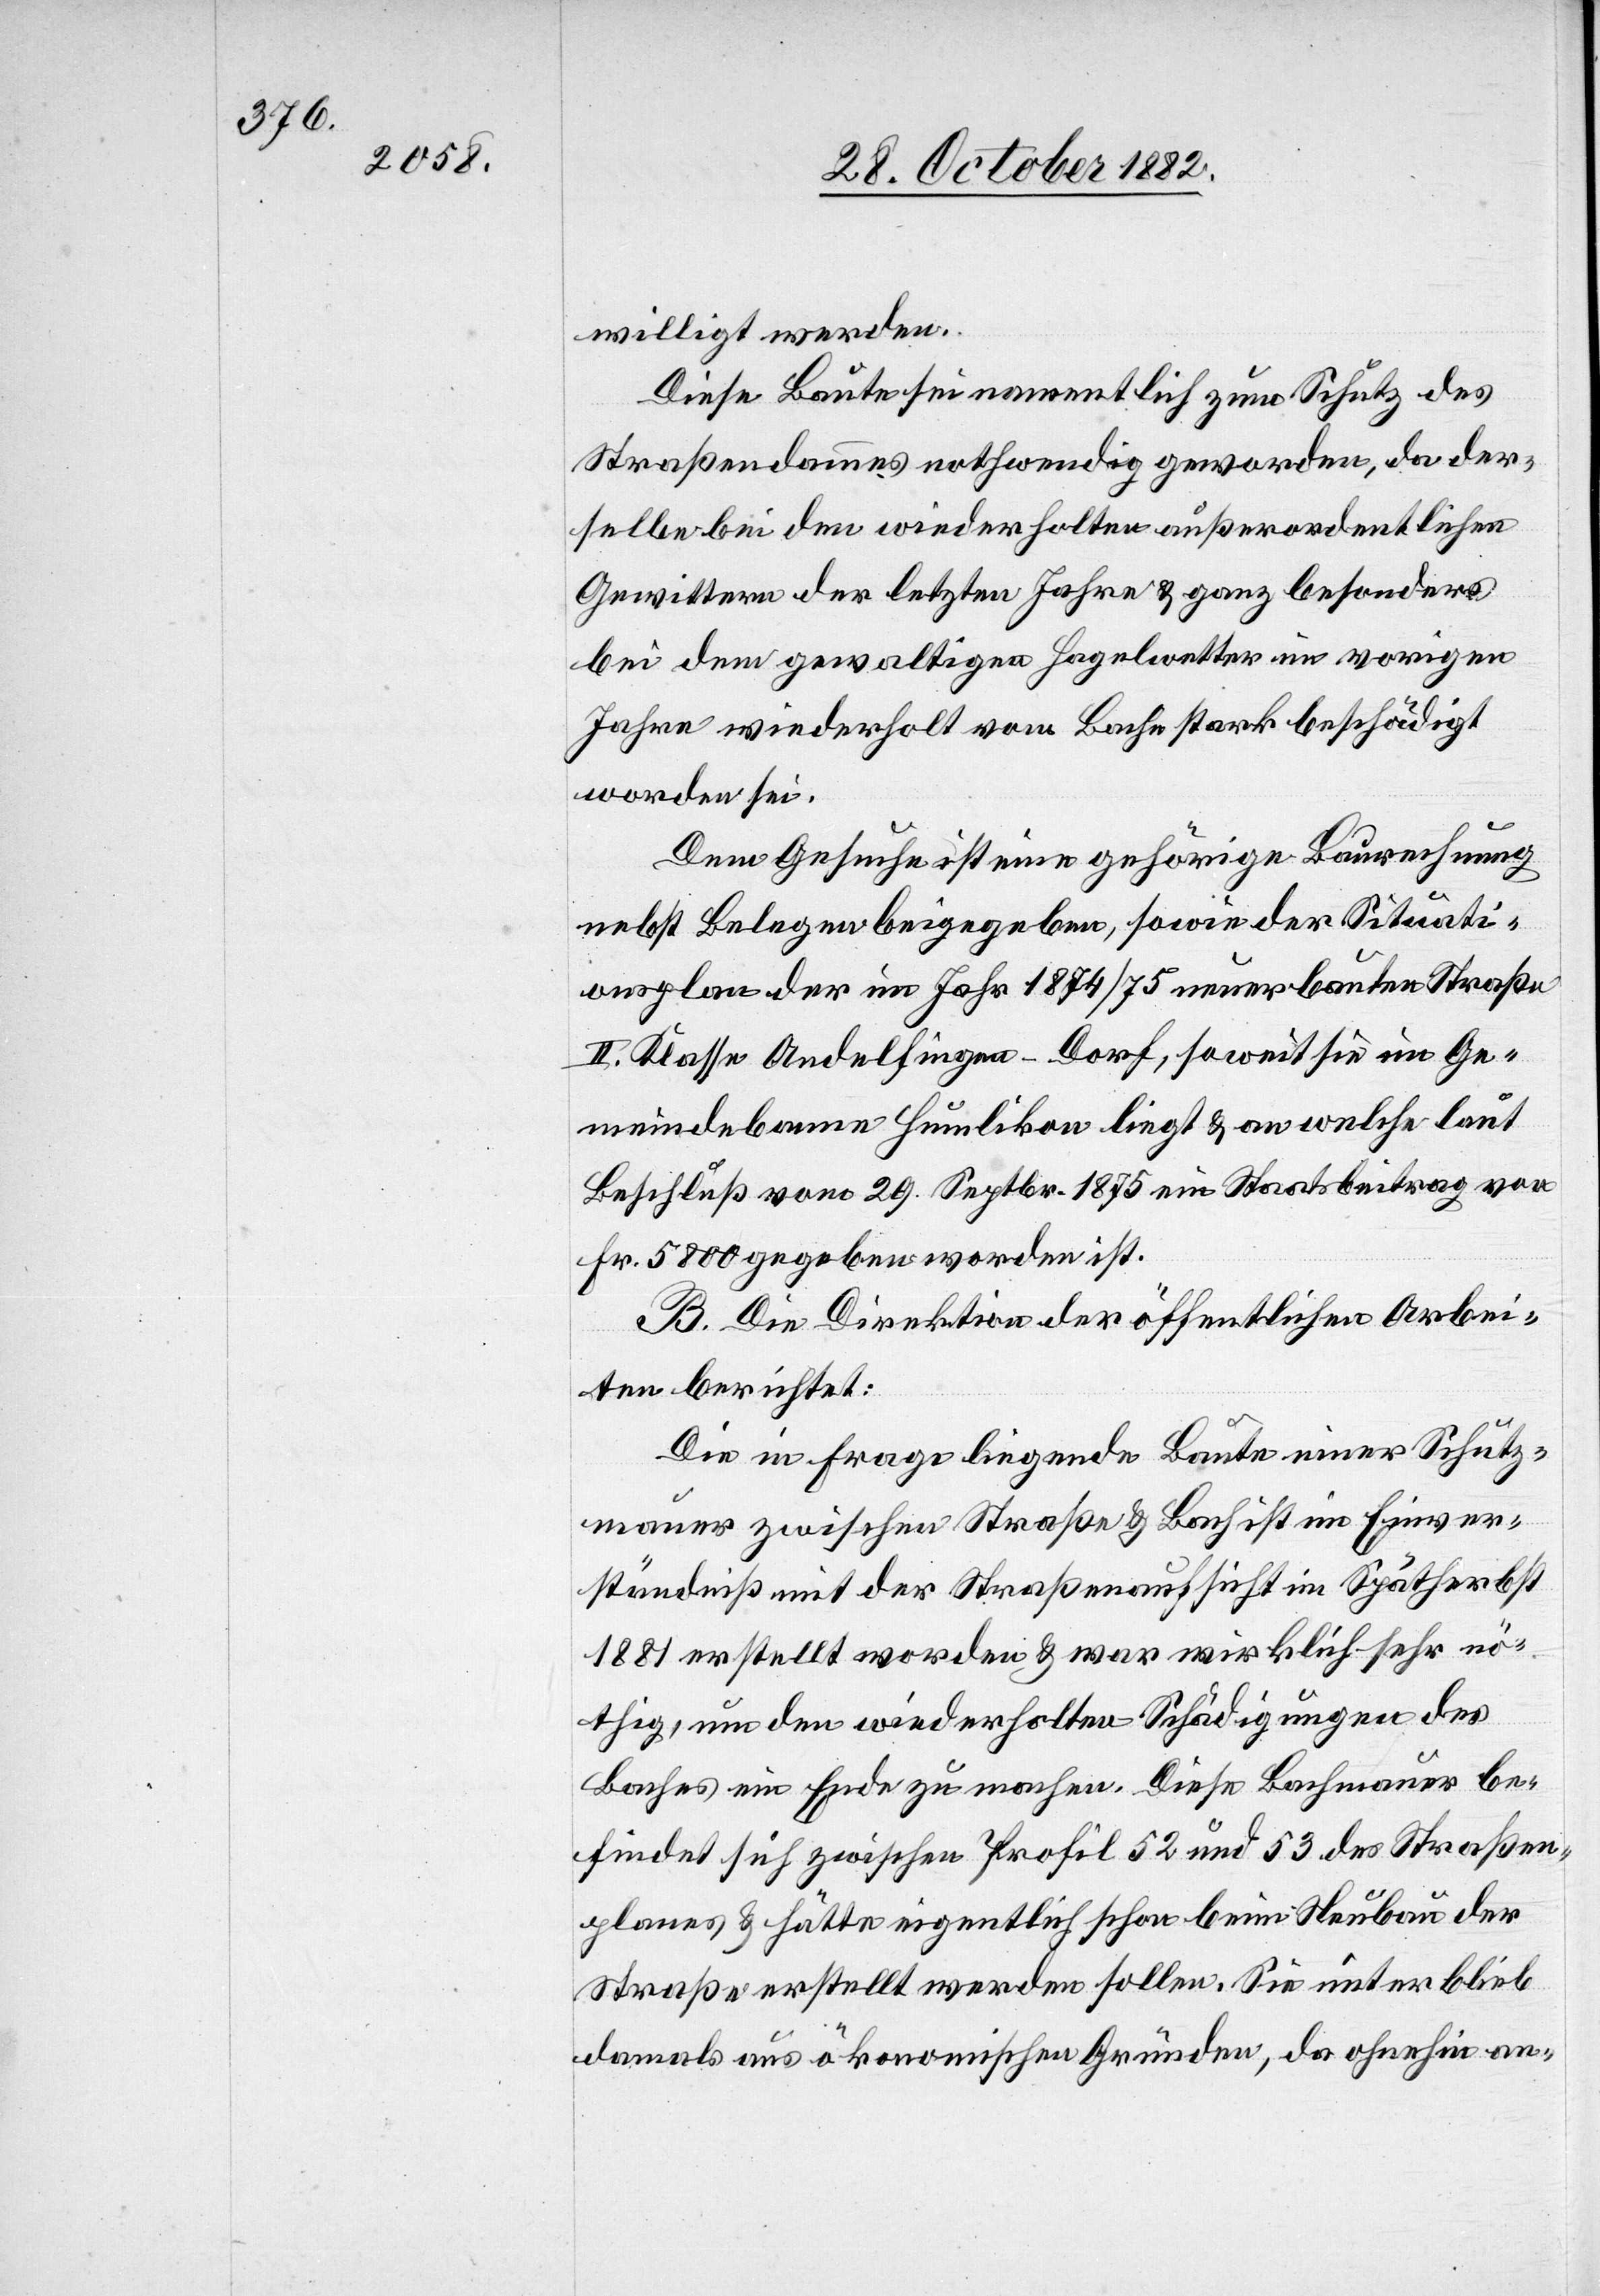
willigt werden.
Diese Baute sei namentlich zum Schutz des
Straßendammes nothwendig geworden, da der¬
selbe bei den wiederholten außerordentlichen
Gewittern der letzten Jahre & ganz besonders
bei dem gewaltigen Hagelwetter im vorigen
Jahre wiederholt vom Bache stark beschädigt
worden sei.
Dem Gesuche ist eine gehörige Baurechnung
nebst Belegen beigegeben, sowie der Situati¬
onsplan der im Jahr 1874/75 neuerbauten Straße
II. Klasse Andelfingen–Dorf, soweit sie im Ge¬
meindebanne Humlikon liegt & an welche laut
Beschluß vom 29. Septbr. 1875 ein Staatsbeitrag von
Fr. 5800 gegeben worden ist.
B. Die Direktion der öffentlichen Arbei¬
ten berichtet:
Die in Frage liegende Baute einer Schutz¬
mauer zwischen Straße & Bach ist im Einver¬
ständniß mit der Straßenaufsicht im Spätherbst
1881 erstellt worden & war wirklich sehr nö¬
thig, um den wiederholten Schädigungen des
Baches ein Ende zu machen. Diese Bachmauer be¬
findet sich zwischen Profil 52 und 53 des Straßen¬
planes & hätte eigentlich schon beim Neubau der
Straße erstellt werden sollen. Sie unterblieb
damals aus ökonomischen Gründen, da ohnehin an-